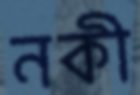
নকী